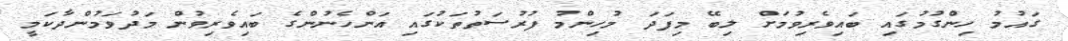
ގައުުމު ހިންގުމުގައި ބައިވެރިވުމަށް ލިބޭ މިފަދަ މުހިންމު ފުރުސަތުތަކުގައި އަންހެނުންގެ ބައިވެރިވުން މަދުވަމުންދާކަމީ